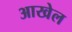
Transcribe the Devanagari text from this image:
आखेल